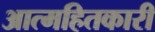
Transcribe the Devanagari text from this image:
आत्महितकारी